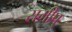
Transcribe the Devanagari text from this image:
समीप्